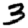
Digit: 3